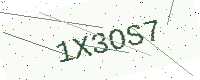
Text: 1X3OS7